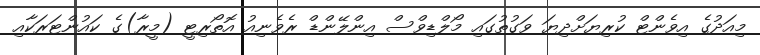
މިއަދުގެ އިވެންޓް ކުރިޔަށްދިޔަ ވަގުތުގައި މޯލްޑިވްސް އިންލޭންޑް ރެވެނިއު އޮތޯރިޓީ (މީރާ)ގެ ކައުންޓަރަކާއި